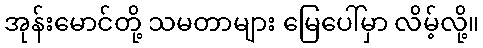
အုန်းမောင်တို့ သမတာများ မြေပေါ်မှာ လိမ့်လို့။